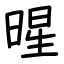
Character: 暒